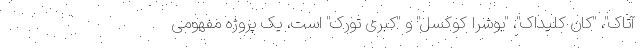
آتاک"، "کان کلیداک"، "بوشرا کوکسل" و "کبری تورک" است، یک پروژه مفهومی